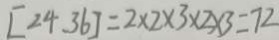
[ 2 4 . 3 6 ] = 2 \times 2 \times 3 \times 2 \times 3 = 7 2